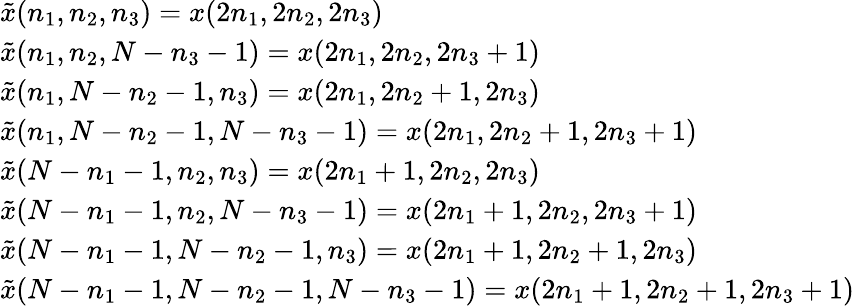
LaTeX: {\begin{array}{lcl}{{\tilde{x}}(n_{1},n_{2},n_{3})=x(2n_{1},2n_{2},2n_{3})}\\ {{\tilde{x}}(n_{1},n_{2},N-n_{3}-1)=x(2n_{1},2n_{2},2n_{3}+1)}\\ {{\tilde{x}}(n_{1},N-n_{2}-1,n_{3})=x(2n_{1},2n_{2}+1,2n_{3})}\\ {{\tilde{x}}(n_{1},N-n_{2}-1,N-n_{3}-1)=x(2n_{1},2n_{2}+1,2n_{3}+1)}\\ {{\tilde{x}}(N-n_{1}-1,n_{2},n_{3})=x(2n_{1}+1,2n_{2},2n_{3})}\\ {{\tilde{x}}(N-n_{1}-1,n_{2},N-n_{3}-1)=x(2n_{1}+1,2n_{2},2n_{3}+1)}\\ {{\tilde{x}}(N-n_{1}-1,N-n_{2}-1,n_{3})=x(2n_{1}+1,2n_{2}+1,2n_{3})}\\ {{\tilde{x}}(N-n_{1}-1,N-n_{2}-1,N-n_{3}-1)=x(2n_{1}+1,2n_{2}+1,2n_{3}+1)}\end{array}}